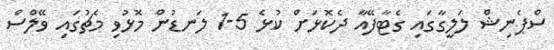
ސްޕެނިޝް ލަލީގާގައި ގެޓާފޭއާ ދެކޮޅަށް ކުޅެ 5-1 ލަނޑުން މޮޅުވި މެޗުގައި ވޭލްސް